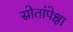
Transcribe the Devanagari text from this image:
स्रोतांपेक्षा